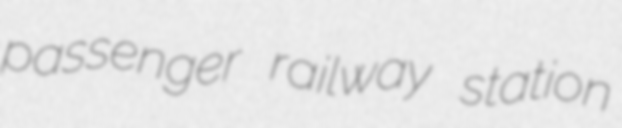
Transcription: passenger railway station